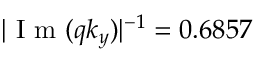
| \mathrm { ~ I ~ m ~ } ( q k _ { y } ) | ^ { - 1 } = 0 . 6 8 5 7